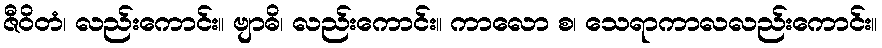
ဇီဝိတံ၊ လည်းကောင်း။ ဗျာဓိ၊ လည်းကောင်း။ ကာလော စ၊ သေရာကာလလည်းကောင်း။